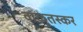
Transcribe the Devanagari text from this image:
वाळूतस्कर